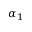
\alpha _ { 1 }